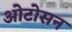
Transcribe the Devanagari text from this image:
ओटोसन